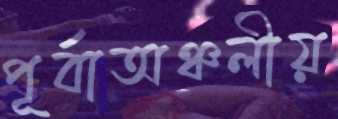
পূর্বাঅঞ্চলীয়